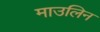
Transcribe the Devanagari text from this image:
माउलिन